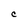
Character: C